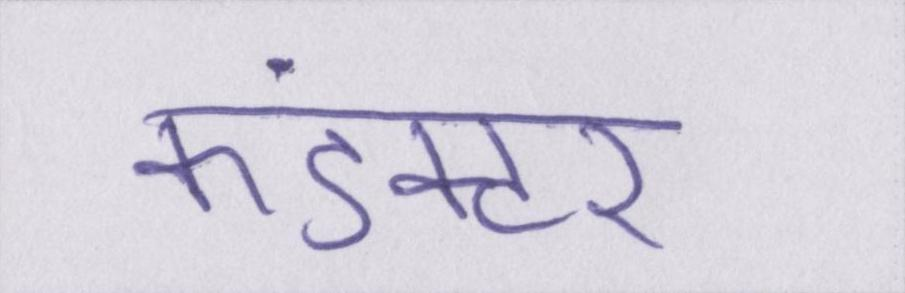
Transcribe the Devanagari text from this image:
कंडक्टर